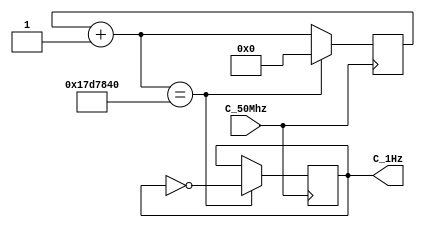
module test1(C_50Mhz,C_1Hz);
	input C_50Mhz;
	output reg C_1Hz = 1;
	
	reg[24:0] contador = 0;
	
	always @(posedge C_50Mhz)
	begin
		contador = contador + 1;
		if(contador == 25_000_000)
			begin
				contador = 0;
				C_1Hz = ~C_1Hz;
			end
	end
	
	
endmodule